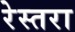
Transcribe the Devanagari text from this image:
रेस्तरा